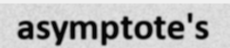
asymptote's